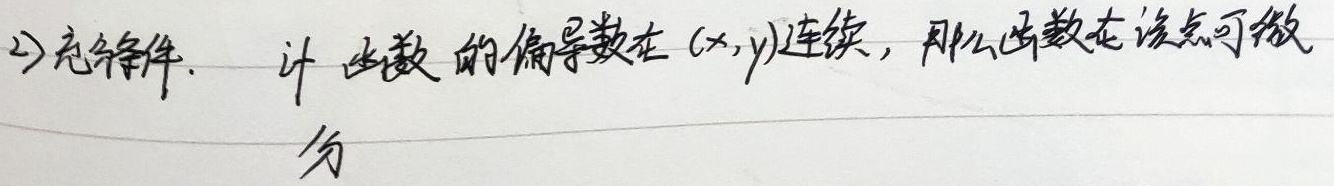
2) 充分条件：若函数的偏导数在\((x,y)\)连续，那么函数在该点可微。